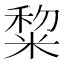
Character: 䊍